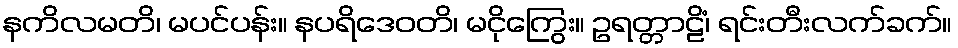
နကိလမတိ၊ မပင်ပန်း။ နပရိဒေဝတိ၊ မငိုကြွေး။ ဥရတ္တာဠိံ၊ ရင်းတီးလက်ခက်။